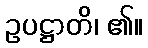
ဥပဋ္ဌာတိ၊ ၏။